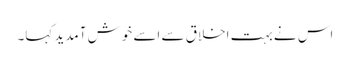
اس نے بہت اخلاق سے اسے خوش آمدید کہا۔